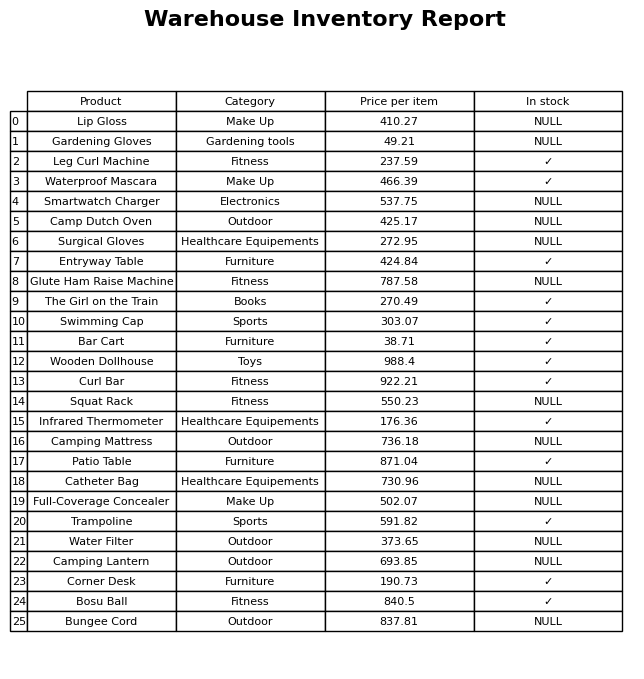
question: What is the price of the Patio Table?
answer: The price of Patio Table is 871.04.